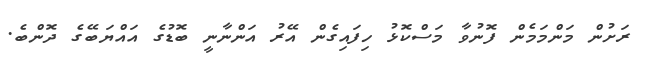
ރަށުން މަންމަމެން ފޮނުވާ މަސްކޮޅު ހިފައިގެން އޭރު އަންނާނީ ބޮޑުގެ އައްޔަބޭގެ ދޮންބެ.